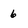
Character: 6